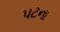
પટના